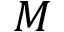
M